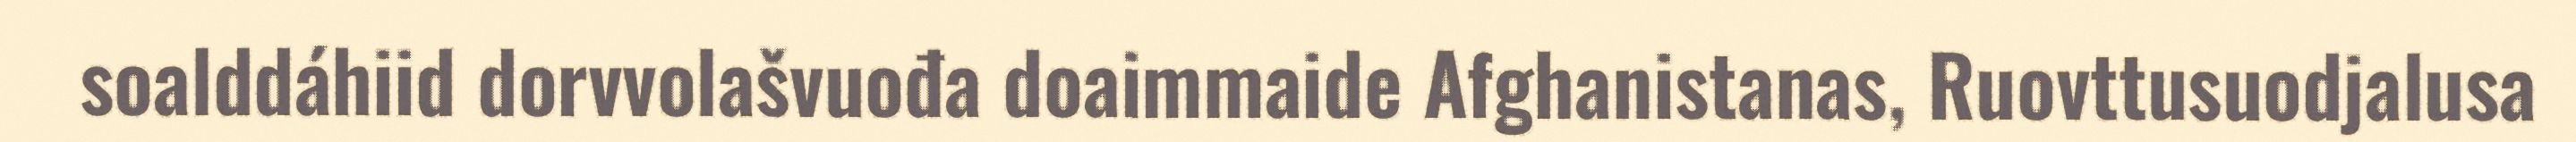
soalddáhiid dorvvolašvuođa doaimmaide Afghanistanas, Ruovttusuodjalusa